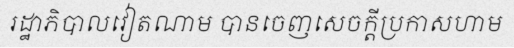
រដ្ឋាភិបាលវៀតណាម បានចេញសេចក្តីប្រកាសហាម